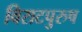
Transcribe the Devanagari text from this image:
विराटपुरुष